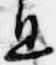
息